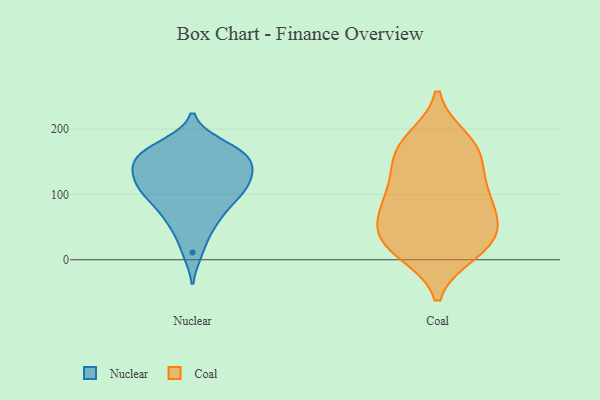
{"axis": {"x": "Active Users", "y": "Value"}, "legend": ["Coal", "Nuclear"], "data": [{"x": "", "y": 73, "type": "Nuclear"}, {"x": "", "y": 117, "type": "Nuclear"}, {"x": "", "y": 11, "type": "Nuclear"}, {"x": "", "y": 124, "type": "Nuclear"}, {"x": "", "y": 114, "type": "Nuclear"}, {"x": "", "y": 146, "type": "Nuclear"}, {"x": "", "y": 176, "type": "Nuclear"}, {"x": "", "y": 151, "type": "Nuclear"}, {"x": "", "y": 100, "type": "Nuclear"}, {"x": "", "y": 61, "type": "Nuclear"}, {"x": "", "y": 97, "type": "Nuclear"}, {"x": "", "y": 164, "type": "Nuclear"}, {"x": "", "y": 142, "type": "Nuclear"}, {"x": "", "y": 97, "type": "Nuclear"}, {"x": "", "y": 134, "type": "Nuclear"}, {"x": "", "y": 46, "type": "Nuclear"}, {"x": "", "y": 169, "type": "Nuclear"}, {"x": "", "y": 164, "type": "Nuclear"}, {"x": "", "y": 174, "type": "Coal"}, {"x": "", "y": 96, "type": "Coal"}, {"x": "", "y": 183, "type": "Coal"}, {"x": "", "y": 163, "type": "Coal"}, {"x": "", "y": 127, "type": "Coal"}, {"x": "", "y": 28, "type": "Coal"}, {"x": "", "y": 69, "type": "Coal"}, {"x": "", "y": 86, "type": "Coal"}, {"x": "", "y": 60, "type": "Coal"}, {"x": "", "y": 19, "type": "Coal"}, {"x": "", "y": 41, "type": "Coal"}, {"x": "", "y": 26, "type": "Coal"}, {"x": "", "y": 107, "type": "Coal"}, {"x": "", "y": 162, "type": "Coal"}, {"x": "", "y": 12, "type": "Coal"}]}